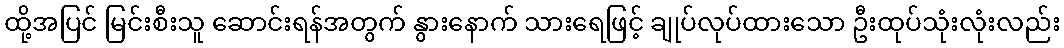
ထို့အပြင် မြင်းစီးသူ ဆောင်းရန်အတွက် နွားနောက် သားရေဖြင့် ချုပ်လုပ်ထားသော ဦးထုပ်သုံးလုံးလည်း